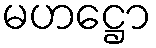
မဟဋ္ဌော